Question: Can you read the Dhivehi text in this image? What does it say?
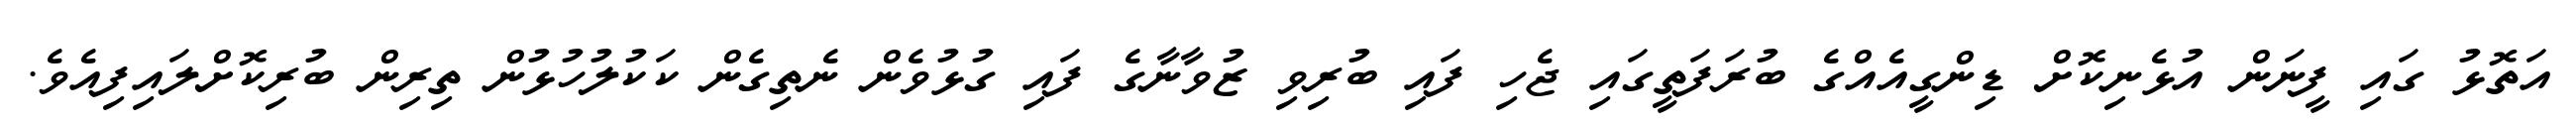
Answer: އަތޮޅު ގައި ފީނަން އުޅެނިކޮށް ޑިންގީއެއްގެ ބުރަފަތީގައި ޖެހި ފައި ބުރިވި ޒުވާނާގެ ފައި ގުޅުވެން ނެތިގެން ކަކުލުހުޅުން ތިރިން ބުރިކޮށްލައިފިއެވެ.